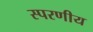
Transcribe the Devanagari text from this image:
स्परणीय